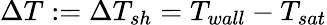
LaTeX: \Delta T:=\Delta T_{sh}=T_{wall}-T_{sat}